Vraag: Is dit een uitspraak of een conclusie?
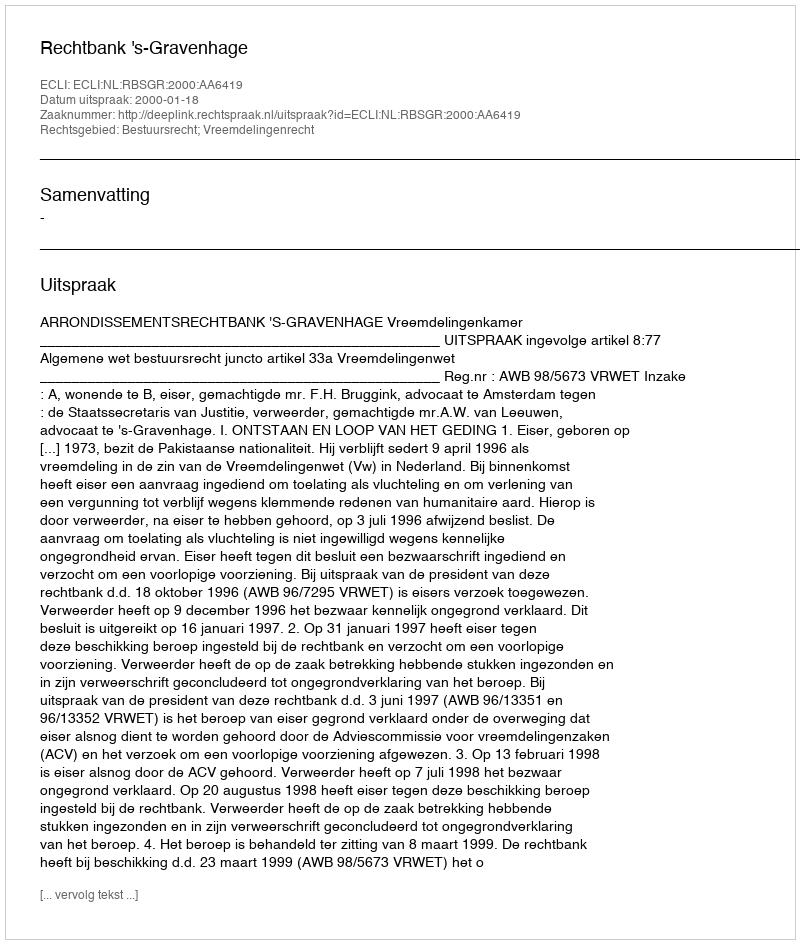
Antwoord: Uitspraak